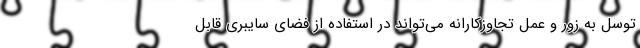
توسل به زور و عمل تجاوزکارانه می‌تواند در استفاده از فضای سایبری قابل